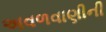
અવળવાણીની